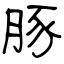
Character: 豚